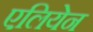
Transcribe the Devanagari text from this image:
एलियेन